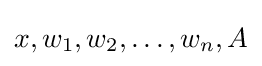
x,w_{1},w_{2},\ldots ,w_{n},A